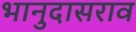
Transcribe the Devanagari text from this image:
भानुदासराव